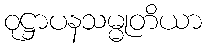
ဝုဋ္ဌာပနသမ္မုတိယာ